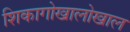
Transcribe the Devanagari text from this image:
शिकागोखालोखाल